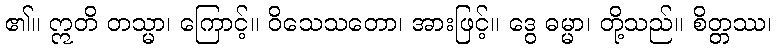
၏။ ဣတိ တသ္မာ၊ ကြောင့်။ ဝိသေသတော၊ အားဖြင့်။ ဒွေ ဓမ္မာ၊ တို့သည်။ စိတ္တဿ၊